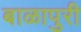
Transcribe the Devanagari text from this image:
बाळापुरी